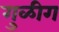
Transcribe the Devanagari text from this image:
गुळीग